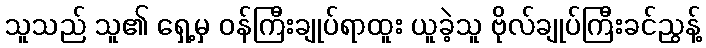
သူသည် သူ၏ ရှေ့မှ ဝန်ကြီးချုပ်ရာထူး ယူခဲ့သူ ဗိုလ်ချုပ်ကြီးခင်ညွန့်